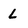
Character: L